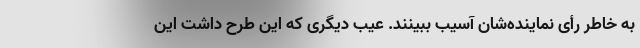
به خاطر رأی نماینده‌شان آسیب ببینند. عیب دیگری که این طرح داشت این